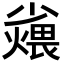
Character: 𪨆